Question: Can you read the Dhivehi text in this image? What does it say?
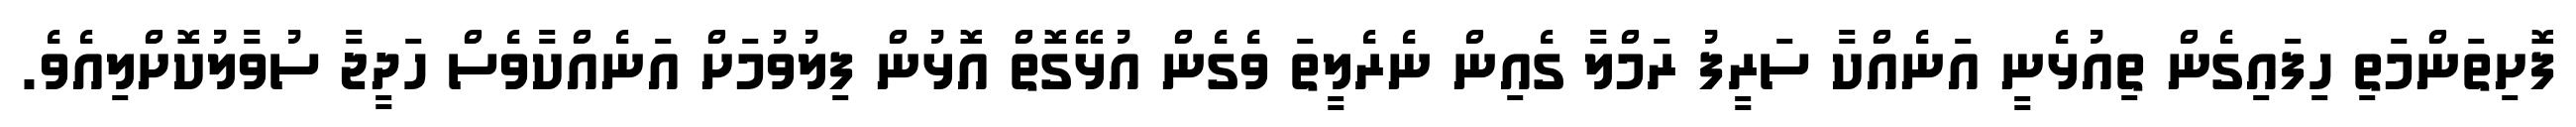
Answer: ފޮށިތަންމަތި ހިފައިގެން ތިއުޅެނީ އަނެއްކާ ސަރީފު ރަމްލާ ގެއިން ނެރެލީތަ ވެގެން އުޅޭގޮތް އޮޅުން ފިލުވުމަށް އަނެއްކާވެސް ހަދީޖާ ސުވާލުކޮށްލިއެވެ.